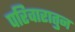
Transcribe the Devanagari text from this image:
परिवारातुन